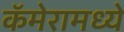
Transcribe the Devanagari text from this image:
कॅमेरामध्ये